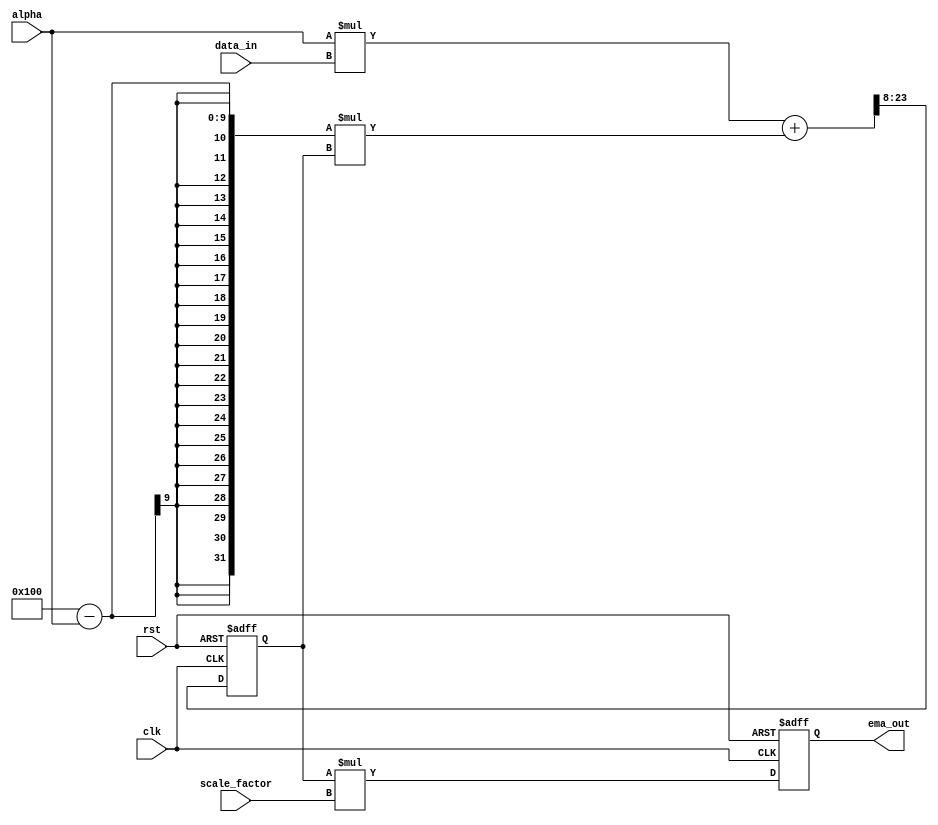
module EMA_accumulator (
    input wire clk,
    input wire rst,
    input wire [7:0] alpha,
    input wire [7:0] scale_factor,
    input wire [15:0] data_in,
    output reg [15:0] ema_out
);

reg [15:0] sum;

always @(posedge clk or posedge rst) begin
    if (rst) begin
        sum <= 0;
    end else begin
        sum <= ((alpha * data_in) + ((256 - alpha) * sum)) >> 8; // Weighted moving average calculation
    end
end

always @(posedge clk or posedge rst) begin
    if (rst) begin
        ema_out <= 0;
    end else begin
        ema_out <= sum * scale_factor; // Apply scaling factor to output signal
    end
end

endmodule